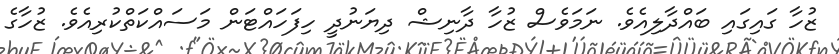
ޒުހާ ގައިގައި ބައްދާލިއެވެ. ނަމަވެސް ޒުހާ ދާނިޝް ދިޔަނުދީ ހިފަހައްޓަން މަސައްކަތްކުރިއެވެ. ޒުހާގެ